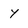
Character: y